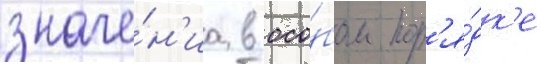
значе́н'иа в осо́бом пор'я́дк'е